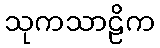
သုကသာဠိက